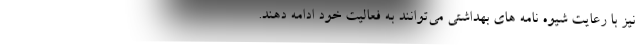
نیز با رعایت شیوه نامه های بهداشتی می‌توانند به فعالیت خود ادامه دهند.